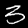
Digit: 3